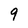
Character: 9